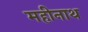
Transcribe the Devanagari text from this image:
महीनाथ